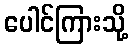
ပေါင်ကြားသို့